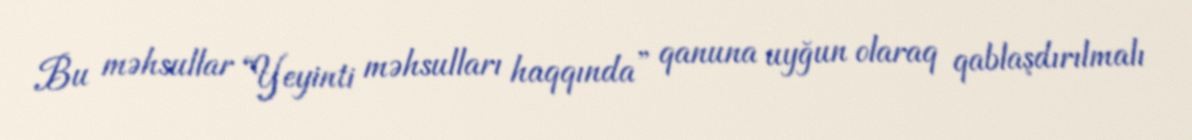
Bu məhsullar “Yeyinti məhsulları haqqında” qanuna uyğun olaraq qablaşdırılmalı